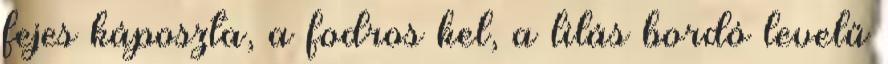
fejes káposzta, a fodros kel, a lilás bordó levelű